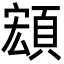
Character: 𩓘